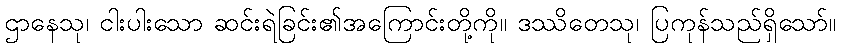
ဌာနေသု၊ ငါးပါးသော ဆင်းရဲခြင်း၏အကြောင်းတို့ကို။ ဒဿိတေသု၊ ပြကုန်သည်ရှိသော်။